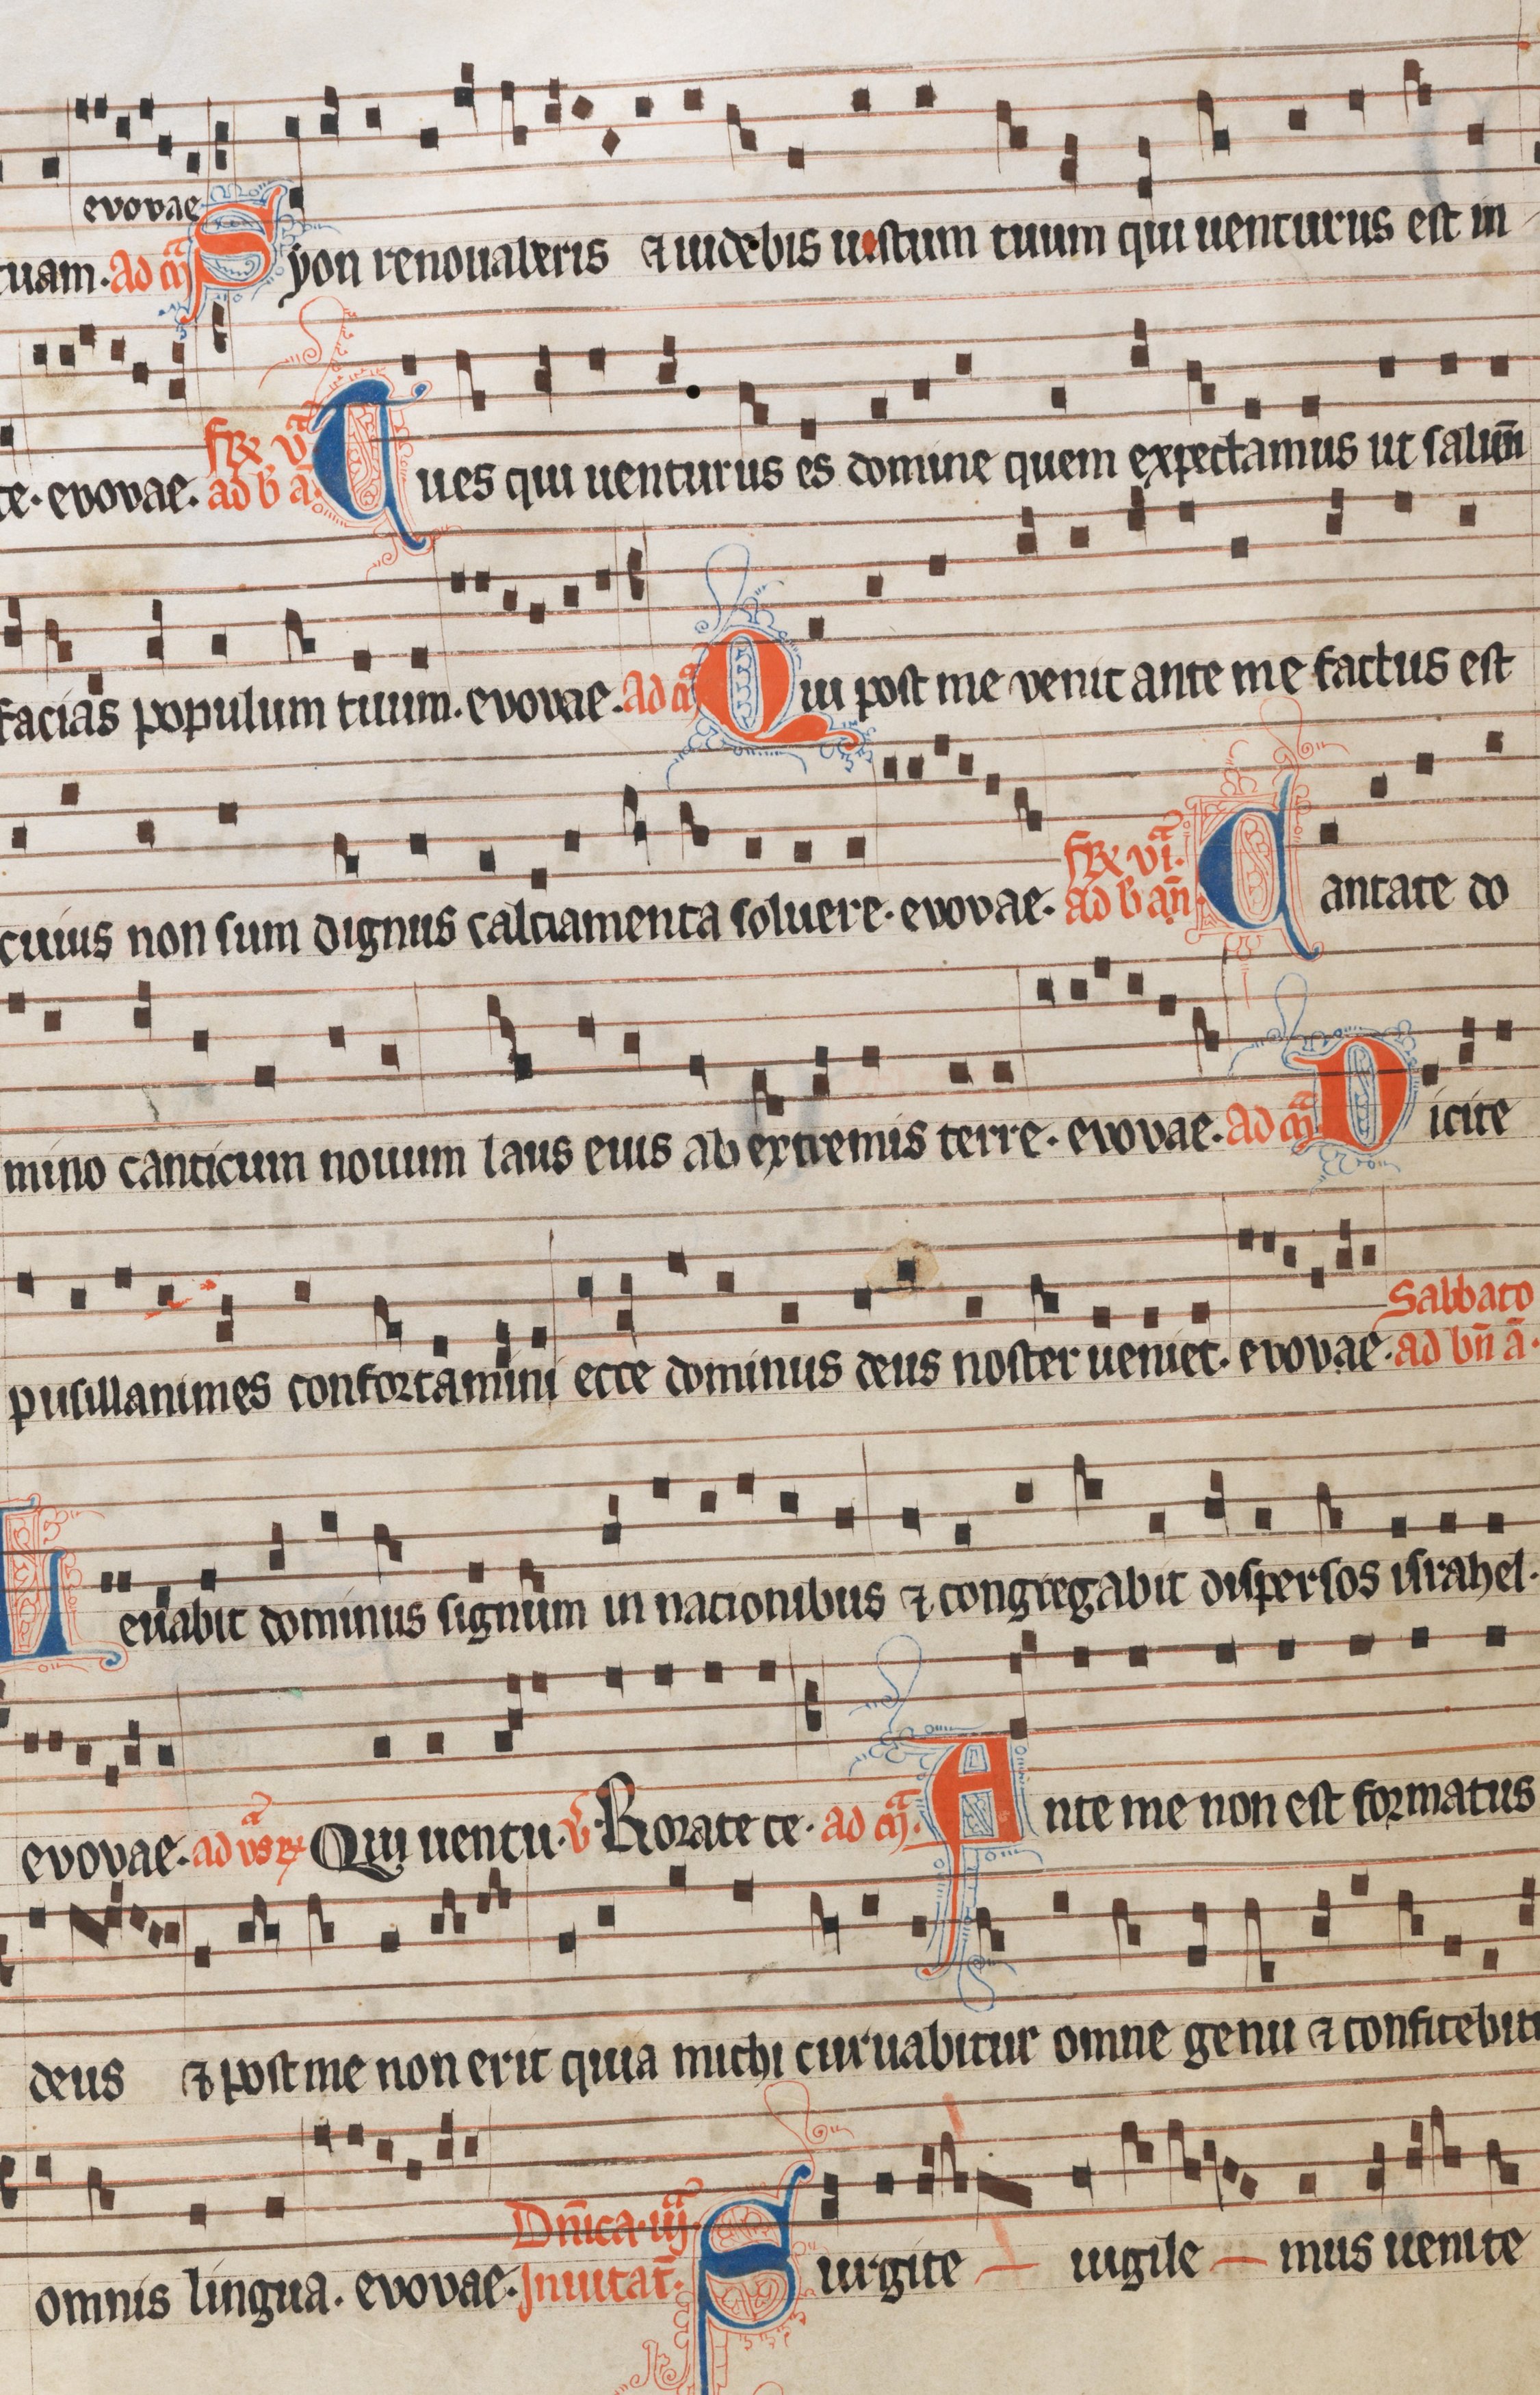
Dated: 1300–1349